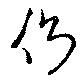
側